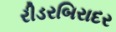
રીડરબિરાદર